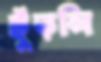
ছুঁড়লি